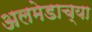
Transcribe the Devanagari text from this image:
अलमेडाच्या